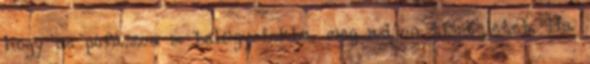
hogy ne pofázzon a belügyeinkbe, meg adjon tiszteletet. Ha